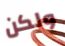
ولكن